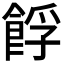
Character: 𩛞